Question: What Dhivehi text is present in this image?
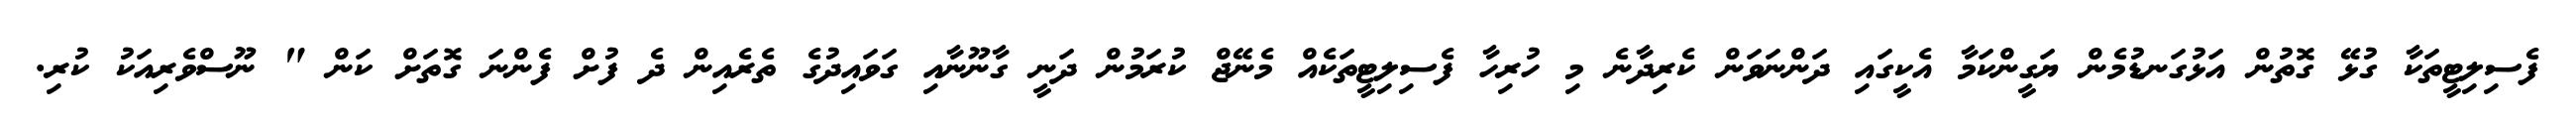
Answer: ފެސިލިޓީތަކާ ގުޅޭ ގޮތުން އަޅުގަނޑުމެން ޔަގީންކަމާ އެކީގައި ދަންނަވަން ކެރިދާނެ މި ހުރިހާ ފެސިލިޓީތަކެއް މެނޭޖް ކުރަމުން ދަނީ ގާނޫނާއި ގަވައިދުގެ ތެރެއިން ދެ ފުށް ފެންނަ ގޮތަށް ކަން " ނޫސްވެރިއަކު ކުރި.